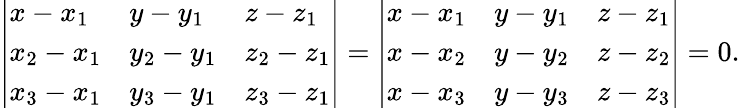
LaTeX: {\left|\begin{array}{lll}{x-x_{1}}&{y-y_{1}}&{z-z_{1}}\\ {x_{2}-x_{1}}&{y_{2}-y_{1}}&{z_{2}-z_{1}}\\ {x_{3}-x_{1}}&{y_{3}-y_{1}}&{z_{3}-z_{1}}\end{array}\right|}={\left|\begin{array}{lll}{x-x_{1}}&{y-y_{1}}&{z-z_{1}}\\ {x-x_{2}}&{y-y_{2}}&{z-z_{2}}\\ {x-x_{3}}&{y-y_{3}}&{z-z_{3}}\end{array}\right|}=0.